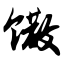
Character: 馓